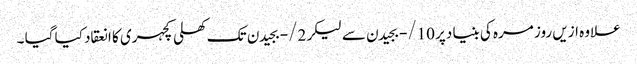
علاوہ ازیں روز مرہ کی بنیا دپر 10/- بجیدن سے لیکر 2/- بجیدن تک کھلی کچہری کا انعقاد کیا گیا ۔